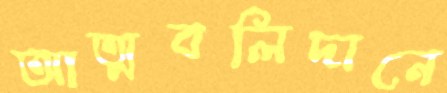
আত্মবলিদানে